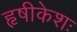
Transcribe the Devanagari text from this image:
हृषीकेशः